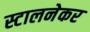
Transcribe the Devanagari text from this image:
स्टालनेकर